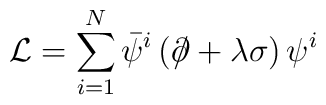
\mathcal{L}=\sum_{i=1}^{N}\bar{\psi}^{i}\left( \partial \!\!\!\slash+\lambda\sigma \right) \psi ^{i}